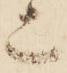
上